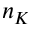
n _ { K }